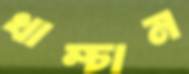
খাম্‌চান